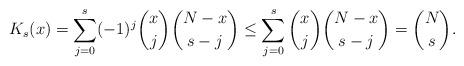
LaTeX: \begin{align*} K_s(x)=\sum_{j=0}^s(-1)^j\binom{x}{j}\binom{N-x}{s-j} \leq\sum_{j=0}^s\binom{x}{j}\binom{N-x}{s-j} =\binom{N}{s}.\end{align*}